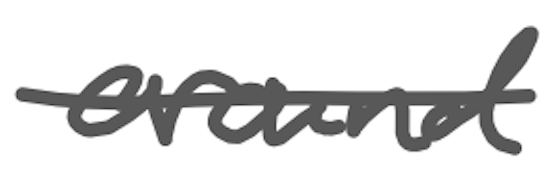
Text: around
Cross-out: single-line
Writing tool: digital_gray